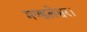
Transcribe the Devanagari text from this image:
मण्डलेश्वर।